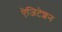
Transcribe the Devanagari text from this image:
ऐजिटेशन